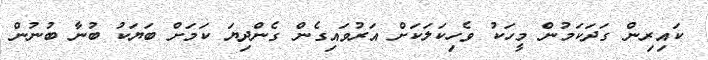
ކައިރިން ގަދަކަމުން މީހަކު ވެހިކަލަކަށް އަރުވައިގެން ގެންދިޔަ ކަމަށް ބަޔަކު ބުނާ ބުނުން